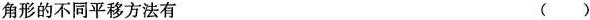
角形的不同平移方法有 ()